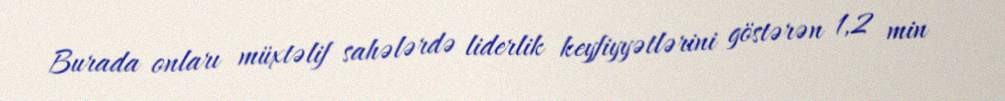
Burada onları müxtəlif sahələrdə liderlik keyfiyyətlərini göstərən 1,2 min